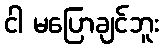
ငါ မပြောချင်ဘူး